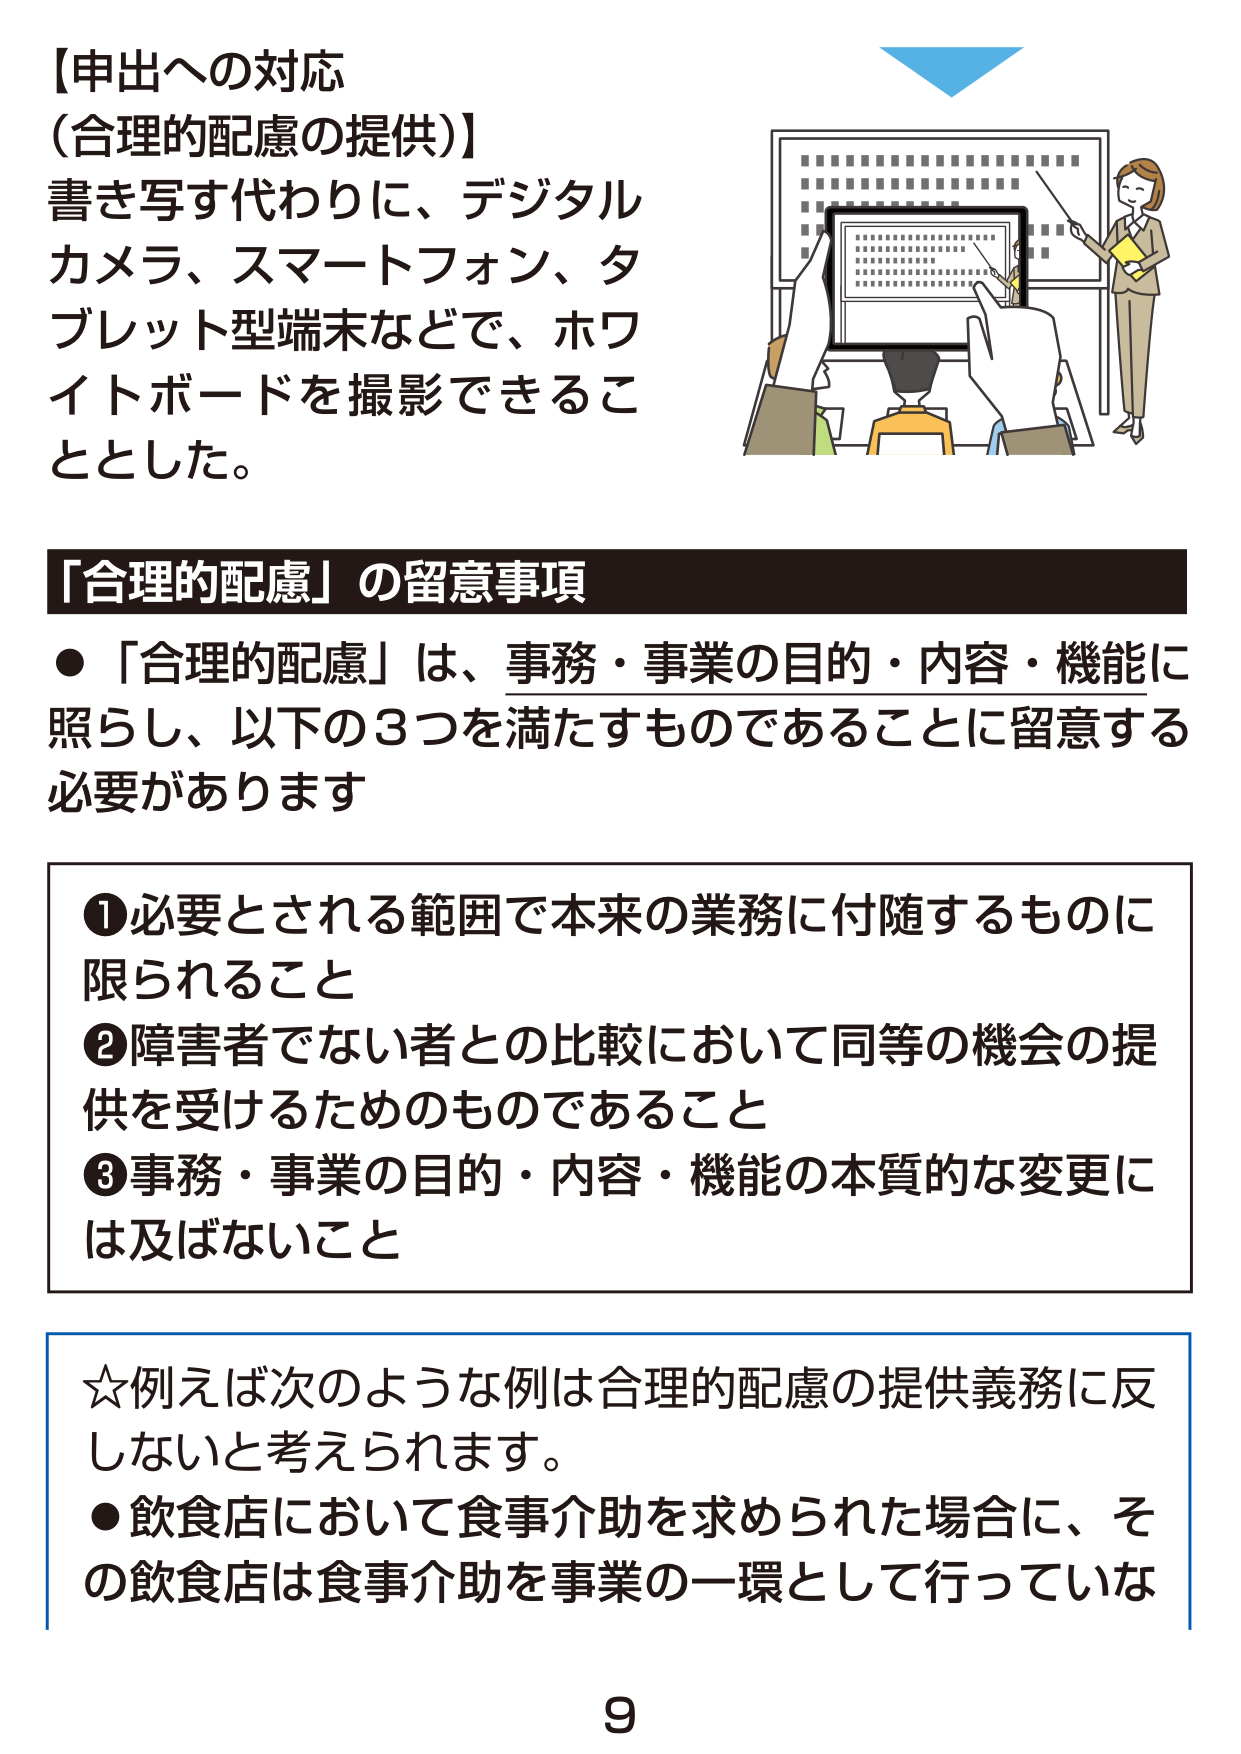
【申出への対応
（合理的配慮の提供）】
書き写す代わりに、デジタル
カメラ、スマートフォン、タ
ブレット型端末などで、ホワ
イトボードを撮影できるこ
ととした。

「合理的配慮」の留意事項
●「合理的配慮」は、事務・事業の目的・内容・機能に
照らし、以下の3つを満たすものであることに留意する
必要があります

①必要とされる範囲で本来の業務に付随するものに
限られること
②障害者でない者との比較において同等の機会の提
供を受けるためのものであること
③事務・事業の目的・内容・機能の本質的な変更に
は及ばないこと

☆例えば次のような例は合理的配慮の提供義務に反
しないと考えられます。
●飲食店において食事介助を求められた場合に、そ
の飲食店は食事介助を事業の一環として行っていな

9